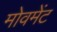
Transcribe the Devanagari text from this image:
मोवमेंट